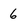
Character: 6